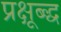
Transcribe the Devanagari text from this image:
प्रक्षूब्द्ध